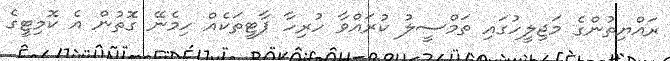
ރައްޔިތުންގެ މަޖިލީހުގައި ތަމްސީލު ކުރައްވާ ހުރިހާ ޕާޓީތަކެއް ހިމެނޭ ގޮތުން އެ ކޮމިޓީގެ